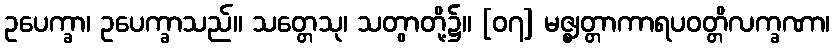
ဥပေက္ခာ၊ ဥပေက္ခာသည်။ သတ္တေသု၊ သတွာတို့၌။ [၀၇] မဇ္ဈတ္တာကာရပဝတ္တိလက္ခဏာ၊